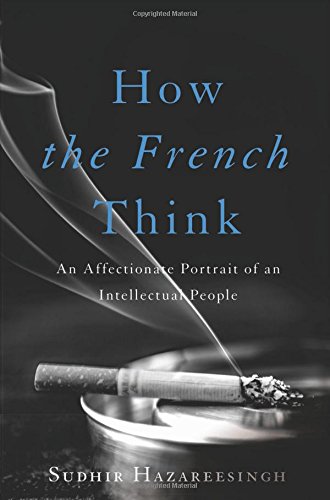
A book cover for How the French Think: An Affectionate Portrait of an Intellectual People; Sudhir Hazareesingh; History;